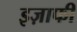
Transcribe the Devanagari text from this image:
इज़ाफी